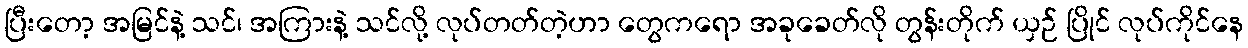
ပြီးတော့ အမြင်နဲ့ သင်၊ အကြားနဲ့ သင်လို့ လုပ်တတ်တဲ့ဟာ တွေကရော အခုခေတ်လို တွန်းတိုက် ယှဉ် ပြိုင် လုပ်ကိုင်နေ